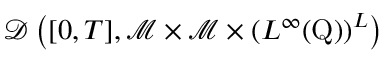
\mathcal { D } \left( [ 0 , T ] , \mathcal { M } \times \mathcal { M } \times \left( L ^ { \infty } ( \mathrm { Q } ) \right) ^ { L } \right)